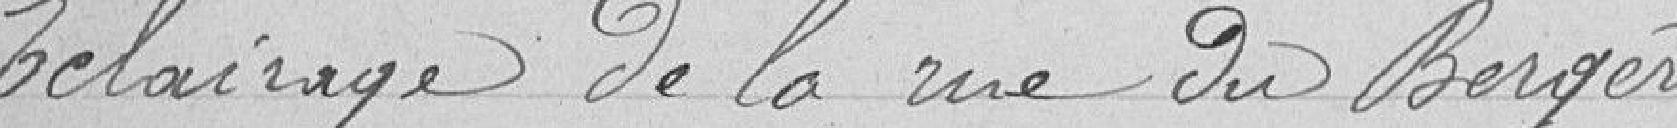
Éclairage de la rue du Berger.